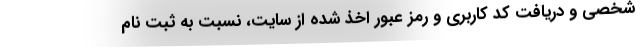
شخصی و دریافت كد كاربری و رمز عبور اخذ شده از سایت، نسبت به ثبت نام